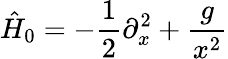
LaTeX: \hat{H}_{0}=-\frac{1}{2}\partial_{x}^{2}+\frac{g}{x^{2}}